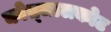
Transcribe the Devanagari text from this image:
क्वेत्जालकोट